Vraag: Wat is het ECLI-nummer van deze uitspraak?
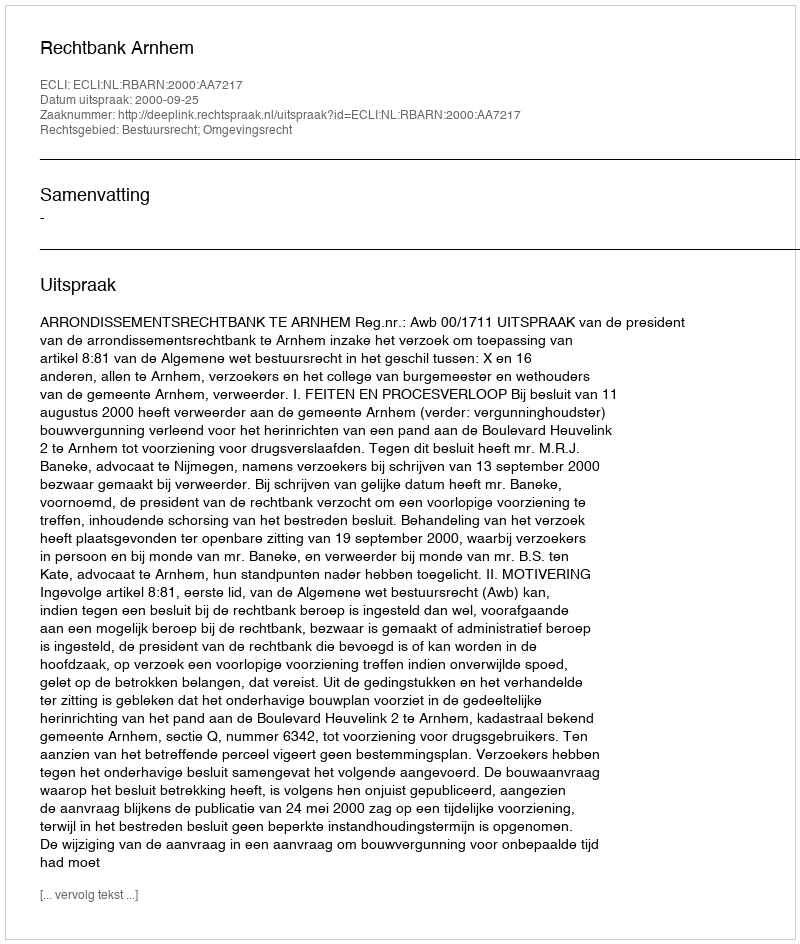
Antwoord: ECLI:NL:RBARN:2000:AA7217